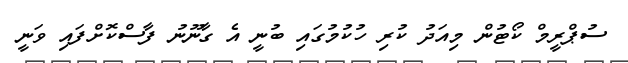
ސުޕްރީމް ކޯޓުން މިއަދު ކުރި ހުކުމުގައި ބުނީ އެ ގާނޫނު ފާސްކޮށްފައި ވަނީ